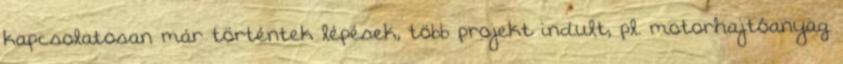
kapcsolatosan már történtek lépések, több projekt indult, pl. motorhajtóanyag